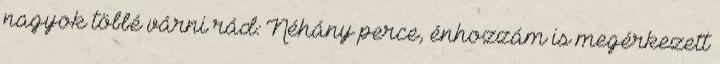
nagyok többé várni rád: Néhány perce, énhozzám is megérkezett